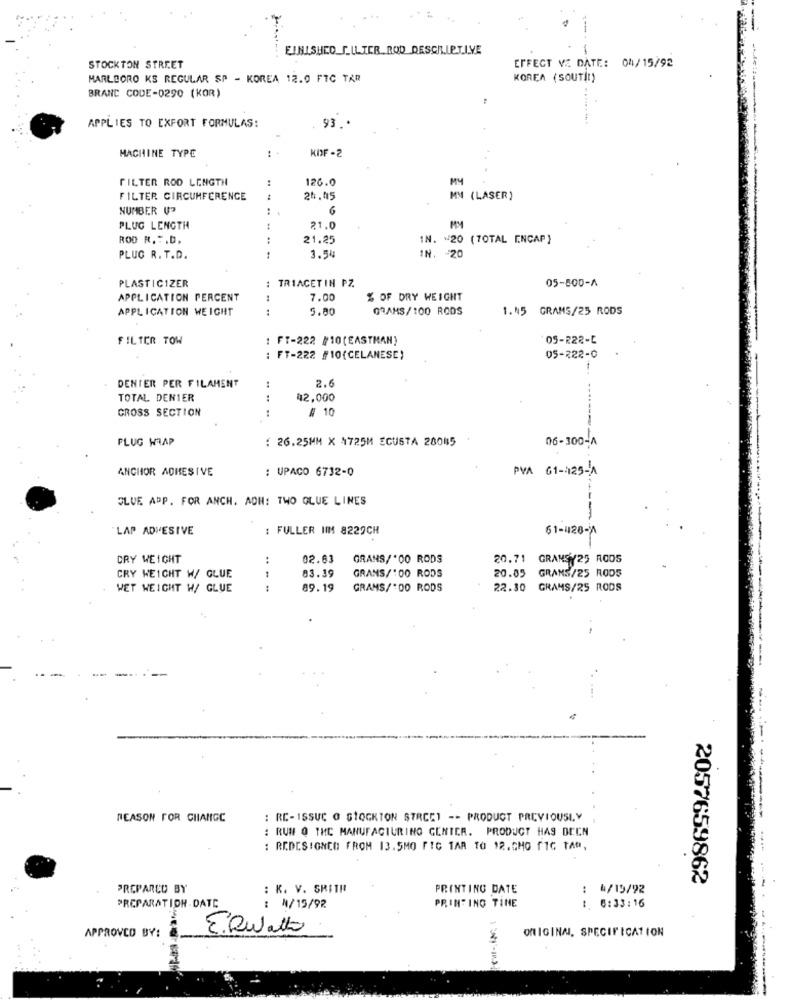
FINISHED_F_UL.IER ROD DESCRIPTIVE
EFFECT VE DATE: 04/15/92
STOCKTON STREET
MARLBORO KS REGULAR SP - KOREA 12.0 FTC TAR
KOREA (SOUTI!)
BRANC CODE-0290 (KOR)
APPLIES TO EXFORT FORMULAS:
93.
KOF-2
MACHINE TYPE
FILTER ROD LENGTH
..
126.0
FILTER CIRCUMFERENCE
25.05
MM (LASER)
NUMBER UP
6
PLUG LENGTH
21.0
ROD R. F.D.
:
21.25
IN. ~ 20 (70TAL ENCAP)
IN. - 20
PLUG R. T.D.
3.54
: TRIACETIN PZ.
05-500-4
PLASTICIZER
APPLICATION PERCENT
..
7.00
% OF DRY WEIGHT
APPLICATION WEIGHT
5.80
GRAMS/100 RODS
1.45 GRAMS/25 RODS
FILTER TOW
: FT-222 #10 (EASTMAN)
05-222-C
FT-222 #10(CELANESE)
05-222-0
:
2.6
DENTER PER FILAMENT
TOTAL DENIER
42,000
CROSS SECTION
# 10
--
FLUG WRAP
: 26.25MM X 4725M ECUSTA 28085
06-300-A
ANCHOR ADHESIVE
: UPACO 6732-0
PVA 61-125-A
GLUE APP. FOR ANCH. AON: TWO OLUE LINES
LAP ADHESIVE
: FULLER IIM 8229CH
61-426-4
CRY WEIGHT
..
02.63
GRANS/'00 RODS
20.71 GRANS/25 RODS
03.39
GRANS/100 RODS
20.05
CRY WEICHT W/ GLUE
GRANS/25 RODS
WET WEIGHT W/ GLUE
89.19
GRAMS/'DO RODS
22.30
GRAMS/25 RODS
REASON FOR CHANGE
: RE-ISSUC O STOCKTON STRCE1 -- PRODUCT PREVIOUSLY
: RUN Q THE MANUFACTURING GENICA. PRODUCT HAS BEEN
REDES:ONEO FROM 13.5MO FIC TAR TO 12.CHO TIC TAR,
2057659862
PREPARED BY
: K. V. SMITH
PRINTING DATE
: 4/19/92
PREPARATION DATE
PRINTING TINE
1 6:33:16
: ₦/15/92
E.Qualto
ORIGINAL, SPECIFICATION
APPROVED BY: